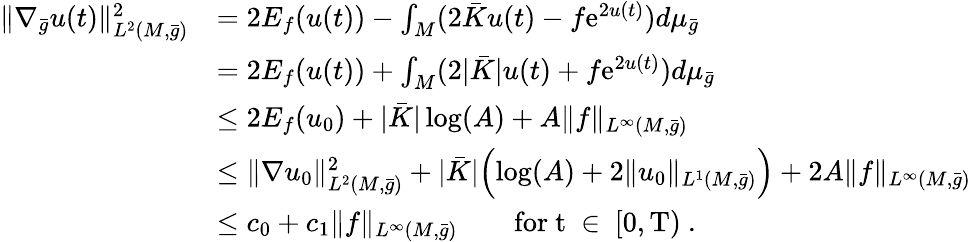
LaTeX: \begin{array}{rl}{\| \nabla_{\bar{g}}u(t)\| _{L^{2}(M,\bar{g})}^{2}}&{=2E_{f}(u(t))-\int_{M}(2\bar{K}u(t)-f\mathrm{e}^{2u(t)})d\mu_{\bar{g}}}\\ &{=2E_{f}(u(t))+\int_{M}(2|\bar{K}|u(t)+f\mathrm{e}^{2u(t)})d\mu_{\bar{g}}}\\ &{\le 2E_{f}(u_{0})+|\bar{K}|\log(A)+A\| f\| _{L^{\infty}(M,\bar{g})}}\\ &{\le\| \nabla u_{0}\| _{L^{2}(M,\bar{g})}^{2}+|\bar{K}|\Bigl(\log(A)+2\| u_{0}\| _{L^{1}(M,\bar{g})}\Bigr)+2A\| f\| _{L^{\infty}(M,\bar{g})}}\\ &{\le c_{0}+c_{1}\| f\| _{L^{\infty}(M,\bar{g})}\qquad\mathrm{for~t~\in~[0,T)~.}}\end{array}